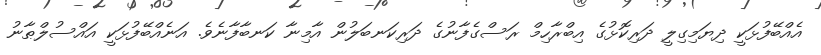
އެއްބޭފުޅަކީ ދިޔަމިގިލީ ދަރިކޮޅުގެ އިބްރާހިމް ރަސްގެފާނުގެ ދަރިކަނބަލުން އާމިނާ ކަނބާފާނެވެ. އަނެއްބޭފުޅަކީ އައްސުލްޠާނު